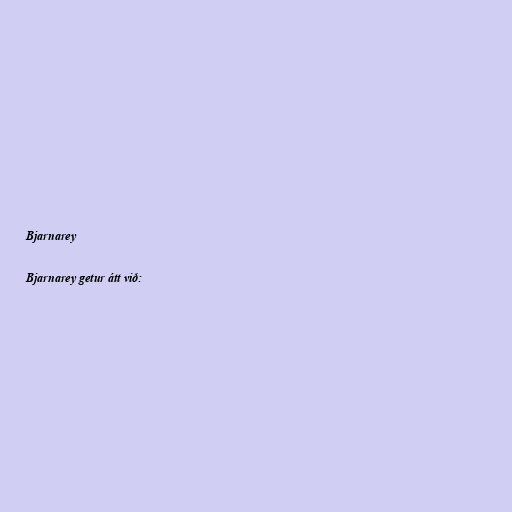
Bjarnarey

Bjarnarey getur átt við: